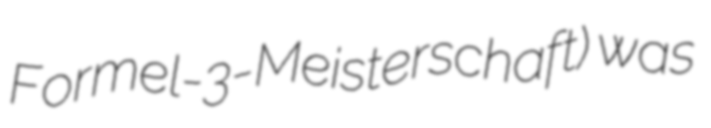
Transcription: Formel-3-Meisterschaft) was